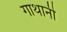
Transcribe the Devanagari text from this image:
गाथानी